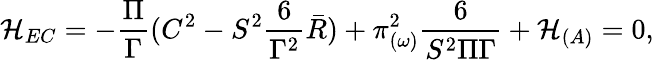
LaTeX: {\cal H}_{EC}=-\frac{\Pi}{\Gamma}(C^{2}-S^{2}\frac{6}{\Gamma^{2}}\bar{R})+\pi_{(\omega)}^{2}\frac{6}{S^{2}\Pi\Gamma}+{\cal H}_{(A)}=0,